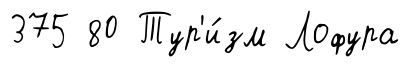
375 80 Тур'и́зм Лофура